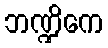
ဘဏ္ဍိကေ